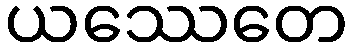
ယဿေတေ